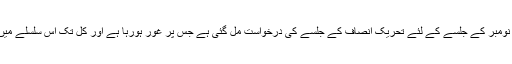
وفاقی حکومت کو 30 نومبر کے جلسے کے لئے تحریک انصاف کے جلسے کی درخواست مل گئی ہے جس پر غور ہورہا ہے اور کل تک اس سلسلے میں فیصلہ کرلیا جائے گا۔